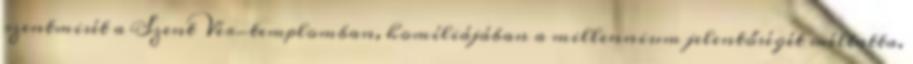
szentmisét a Szent Vér-templomban, homíliájában a millennium jelentőségét méltatta.